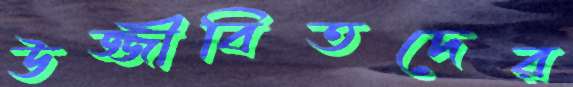
উজ্জীবিতদের